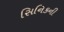
સિનિકની